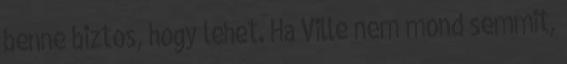
benne biztos, hogy lehet. Ha Ville nem mond semmit,